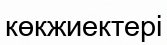
көкжиектері